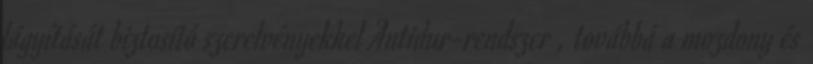
lágyítását biztosító szerelvényekkel Antidur-rendszer , továbbá a mozdony és